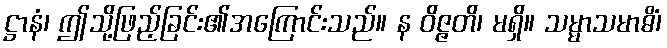
ဋ္ဌာနံ၊ ဤသို့ဖြည့်ခြင်း၏အကြောင်းသည်။ န ဝိဇ္ဇတိ၊ မရှိ။ သမ္မာသမာဓိံ၊